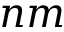
n m